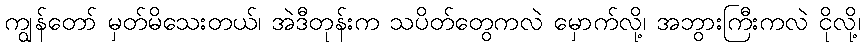
ကျွန်တော် မှတ်မိသေးတယ်၊ အဲဒီတုန်းက သပိတ်တွေကလဲ မှောက်လို့၊ အဘွားကြီးကလဲ ငိုလို့၊